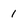
Character: 1